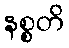
နစ္စတိ